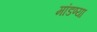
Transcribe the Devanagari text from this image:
मांडण्या